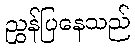
ညွှန်ပြနေသည်